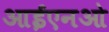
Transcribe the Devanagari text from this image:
आईएनओ